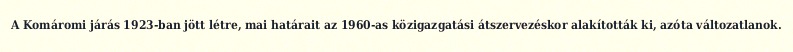
A Komáromi járás 1923-ban jött létre, mai határait az 1960-as közigazgatási átszervezéskor alakították ki, azóta változatlanok.